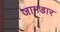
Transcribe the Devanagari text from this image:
जामडार